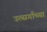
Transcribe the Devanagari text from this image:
उत्सर्गाच्या